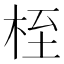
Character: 桎